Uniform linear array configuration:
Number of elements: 16
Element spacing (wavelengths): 0.5
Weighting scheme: blackman
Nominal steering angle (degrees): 60
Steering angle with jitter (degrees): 59.234
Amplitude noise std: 0.05
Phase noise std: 0.05

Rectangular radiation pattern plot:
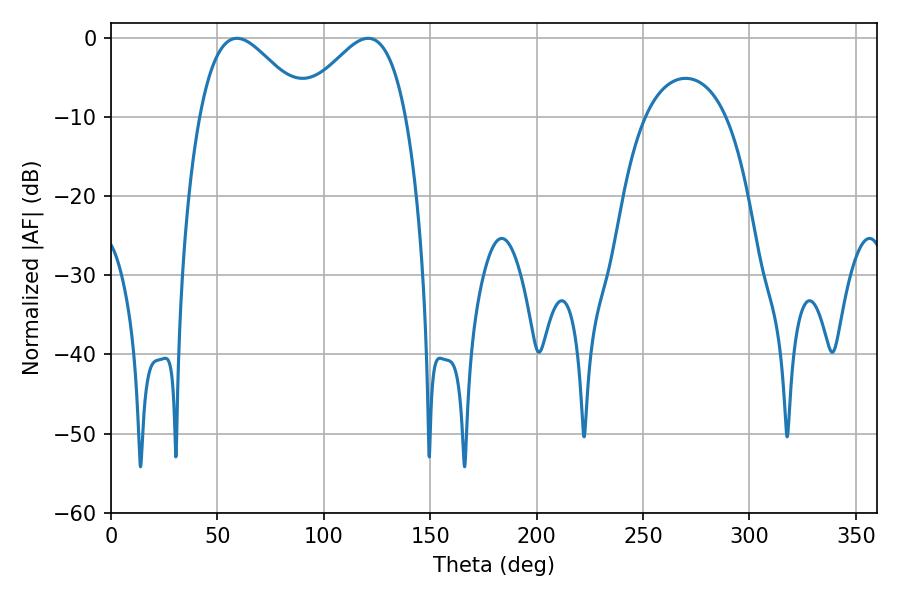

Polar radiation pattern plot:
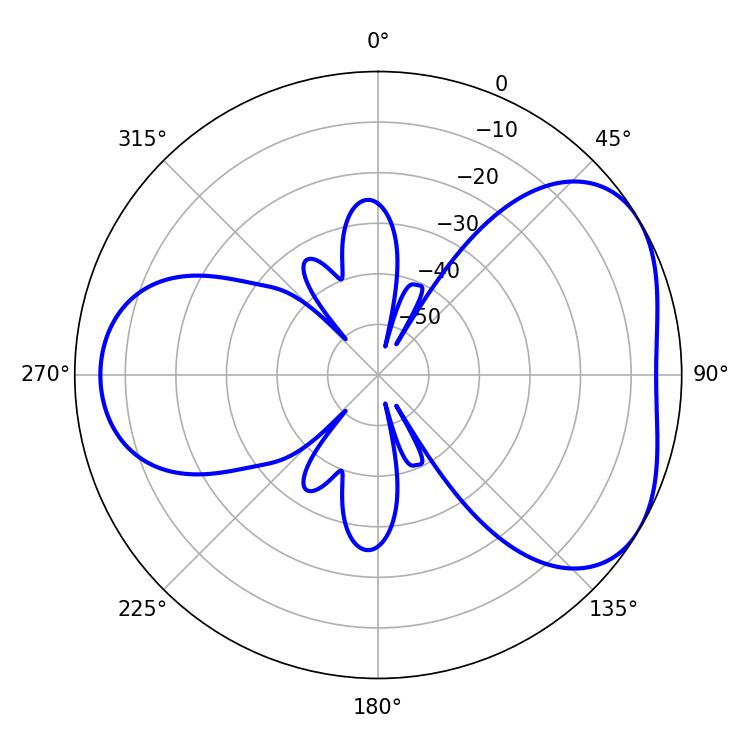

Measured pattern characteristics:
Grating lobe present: FALSE
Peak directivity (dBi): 4.397
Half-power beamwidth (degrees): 26.82
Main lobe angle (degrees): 59.22